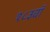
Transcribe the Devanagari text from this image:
१८३वॉ